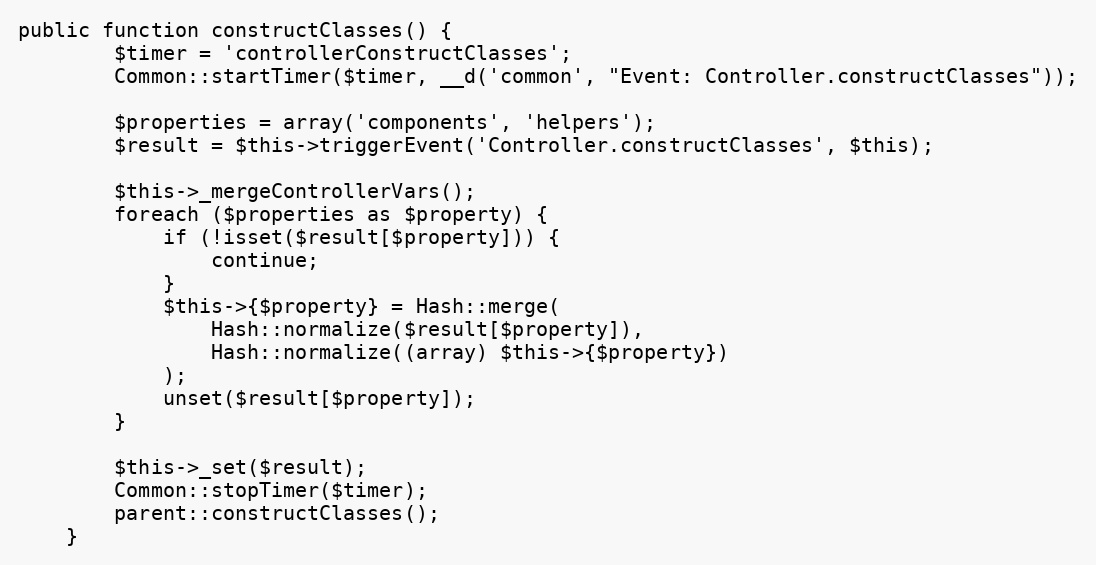
Language: PHP
public function constructClasses() {
		$timer = 'controllerConstructClasses';
		Common::startTimer($timer, __d('common', "Event: Controller.constructClasses"));

		$properties = array('components', 'helpers');
		$result = $this->triggerEvent('Controller.constructClasses', $this);

		$this->_mergeControllerVars();
		foreach ($properties as $property) {
			if (!isset($result[$property])) {
				continue;
			}
			$this->{$property} = Hash::merge(
				Hash::normalize($result[$property]),
				Hash::normalize((array) $this->{$property})
			);
			unset($result[$property]);
		}

		$this->_set($result);
		Common::stopTimer($timer);
		parent::constructClasses();
	}